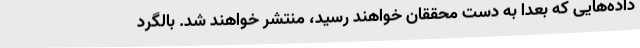
داده‌هایی که بعدا به دست محققان خواهند رسید، منتشر خواهند شد. بالگرد